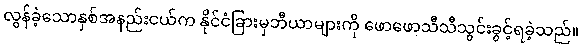
လွန်ခဲ့သောနှစ်အနည်းငယ်က နိုင်ငံခြားမှဘီယာများကို ဖောဖောသီသီသွင်းခွင့်ရခဲ့သည်။